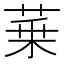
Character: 𦲢